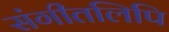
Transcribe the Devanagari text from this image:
संगीतलिपि